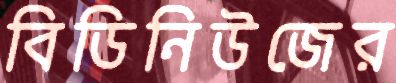
বিডিনিউজের